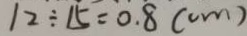
1 2 \div 1 5 = 0 . 8 ( c m )